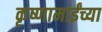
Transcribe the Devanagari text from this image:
कृष्णामाईंच्या